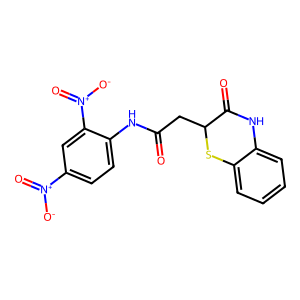
SMILES: O=C(CC1Sc2ccccc2NC1=O)Nc1ccc([N+](=O)[O-])cc1[N+](=O)[O-]
Inhibits HIV replication: No